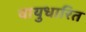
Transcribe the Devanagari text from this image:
वायुधारित